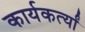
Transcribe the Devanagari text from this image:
कार्यकर्त्यां